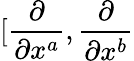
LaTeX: \lbrack\frac{\partial}{\partial x^{a}},\frac{\partial}{\partial x^{b}}